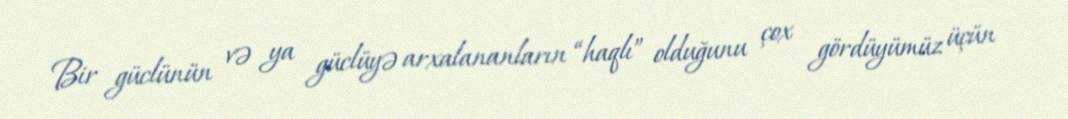
Bir güclünün və ya güclüyə arxalananların “haqlı” olduğunu çox gördüyümüz üçün